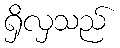
ရှိလှသည်